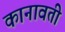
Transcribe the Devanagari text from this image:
कानावती